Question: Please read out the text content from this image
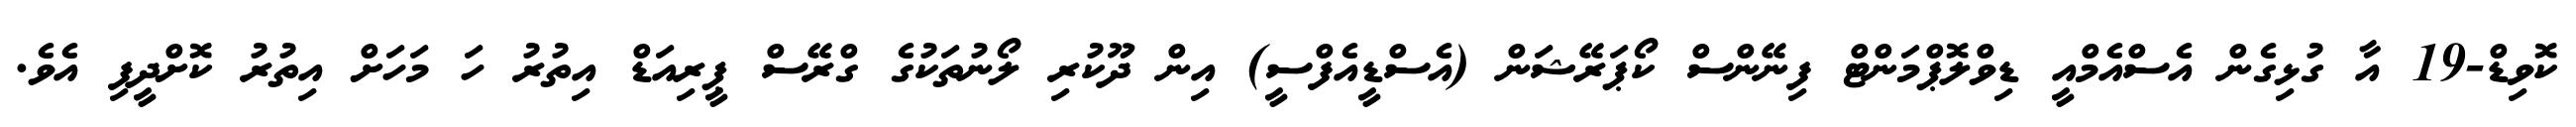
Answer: ކޮވިޑް-19 އާ ގުޅިގެން އެސްއެމްއީ ޑިވްލޮޕްމަންޓް ފިނޭންސް ކޯޕަރޭޝަން (އެސްޑީއެފްސީ) އިން ދޫކުރި ލޯނުތަކުގެ ގްރޭސް ޕީރިއަޑް އިތުރު ހަ މަހަށް އިތުރު ކޮށްދީފި އެވެ.